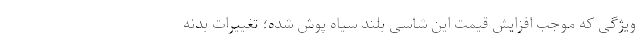
ویژگی که موجب افزایش قیمت این شاسی بلند سیاه پوش شده؛ تغییرات بدنه